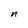
Character: n